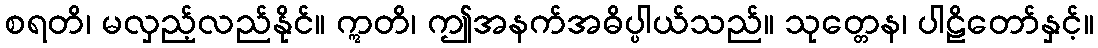
စရတိ၊ မလှည့်လည်နိုင်။ ဣတိ၊ ဤအနက်အဓိပ္ပါယ်သည်။ သုတ္တေန၊ ပါဠိတော်နှင့်။